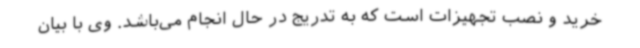
خرید و نصب تجهیزات است که به تدریج در حال انجام می‌باشد. وی با بیان